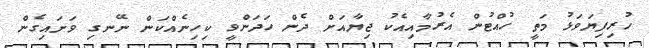
ހުރިފިޔަވަޅު މަތީ ހުއްޓުން އެރުމާއިއެކު ޖިޔާއަށް ދެން ހަދަންވީ ކިހިނެއްކަން ނޭނގި ވަށައިގެން